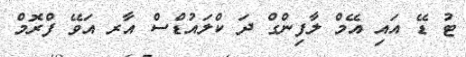
ޓު ޑޭ އައި އޭމް ލާފިންގް ދަ ކްލައުޑްސް އާރ އަވޭ ފްރޮމް